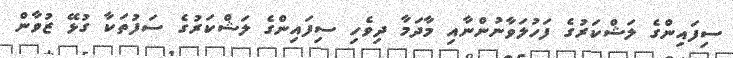
ސިފައިންގެ ލަޝްކަރުގެ ފަހުލަވާނުންނާއި މާދަމާ ދިވެހި ސިފައިންގެ ލަޝްކަރުގެ ސަފުތަކާ ގުޅޭ ޒުވާން